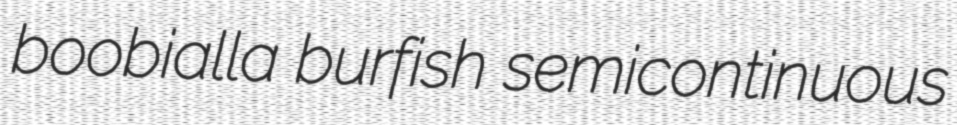
boobialla burfish semicontinuous